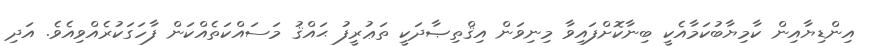
އިންޑިޔާއިން ކާމިޔާބުކަމާއެކީ ބިނާކޮށްފައިވާ މިނިވަން އިޤްތިޞާދަކީ ތަޢުރީފު ޙައްޤު މަސައްކަތެއްކަން ފާހަގަކުރެއްވިއެވެ. އަދި